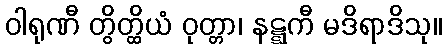
ဝါရုဏီ တွိတ္ထိယံ ဝုတ္တာ၊ နဋ္ဋကီ မဒိရာဒိသု။